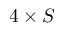
4 \times S